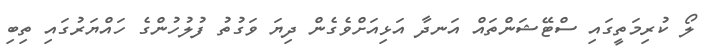
ލޯ ކުރިމަތީގައި ސްޓޭޝަންތައް އަނދާ އަޅިއަށްވެގެން ދިޔަ ވަގުތު ފުލުހުންގެ ހައްޔަރުގައި ތިބި